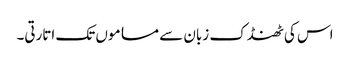
اس کی ٹھنڈک زبان سے مساموں تک اتارتی۔